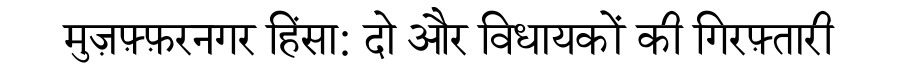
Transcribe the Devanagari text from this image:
मुज़फ़्फ़रनगर हिंसा: दो और विधायकों की गिरफ़्तारी